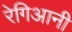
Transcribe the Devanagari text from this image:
रेगिआनी